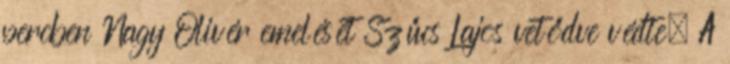
percben Nagy Olivér emelését Szűcs Lajos vetődve védte. A